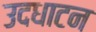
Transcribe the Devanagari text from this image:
उदधाटन